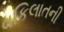
વકિલાતની